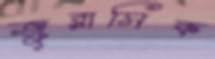
জুরাসিক